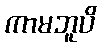
ကာမဘူပိ